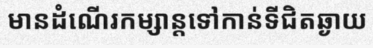
មានដំណើរកម្សាន្តទៅកាន់ទីជិតឆ្ងាយ